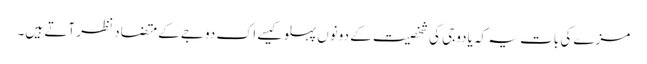
مزے کی بات یہ کہ یادوجی کی شخصیت کے دونوں پہلو کیسے اک دوجے کے متضاد نظر آتے ہیں۔